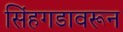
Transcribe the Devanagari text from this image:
सिंहगडावरून